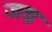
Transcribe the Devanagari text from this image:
जय़